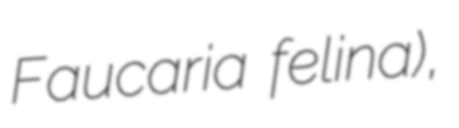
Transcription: Faucaria felina),